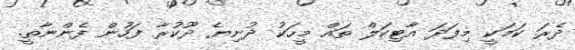
ދެރަ ކަމަކީ މިފަދަ އާޓިކަލް ތައް މީހަކު ދުނިޔެ ދޫކުރާ ފަހުން ފެންނާތީ.